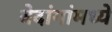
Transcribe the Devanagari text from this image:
वेदांगांमध्ये